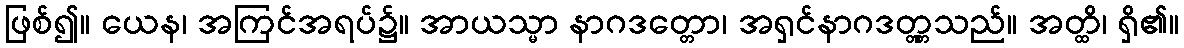
ဖြစ်၍။ ယေန၊ အကြင်အရပ်၌။ အာယသ္မာ နာဂဒတ္တော၊ အရှင်နာဂဒတ္တ္တသည်။ အတ္ထိ၊ ရှိ၏။